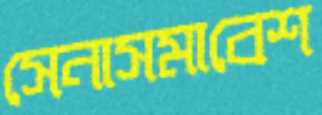
সেনাসমাবেশ